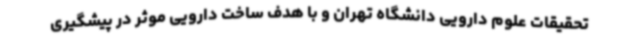
تحقیقات علوم دارویی دانشگاه تهران و با هدف ساخت دارویی موثر در پیشگیری